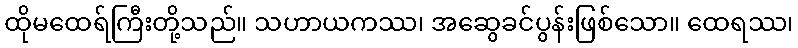
ထိုမထေရ်ကြီးတို့သည်။ သဟာယကဿ၊ အဆွေခင်ပွန်းဖြစ်သော။ ထေရဿ၊